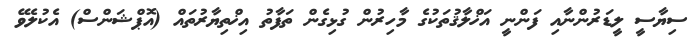
ސިޔާސީ ލީޑަރުންނާއި ފަންނީ އަޚްލާޤުތަކުގެ މާހިރުން ގުޅިގެން ތަފާތު އިޚްތިޔާރުތައް (އޮޕްޝަންސް) އެކުލެވޭ